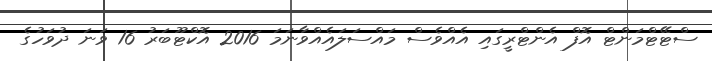
ސްޓޭޓްމަންޓް އޮފް އެންޓްރީގައި އެއްވެސް މައްސަލައެއްވާނަމަ 2016 އޮކްޓޫބަރު 16 ވަނަ ދުވަހުގެ